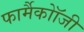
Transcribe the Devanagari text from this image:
फार्मैकोॉजी